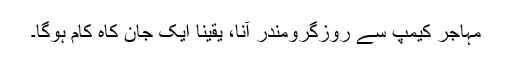
مہاجر کیمپ سے روزگرومندر آنا، یقیناً ایک جان کاہ کام ہوگا۔